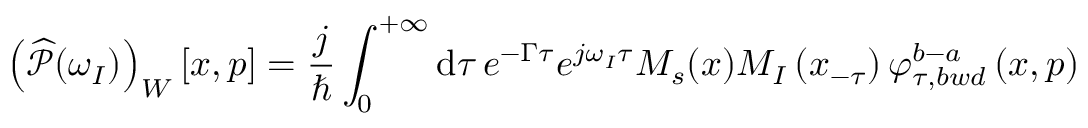
\left( \widehat { \mathcal { P } } ( \omega _ { I } ) \right) _ { W } [ x , p ] = \frac { j } { \hbar } \int _ { 0 } ^ { + \infty } \mathrm { d } \tau \, e ^ { - \Gamma \tau } e ^ { j \omega _ { I } \tau } M _ { s } ( x ) M _ { I } \left( x _ { - \tau } \right) \varphi _ { \tau , b w d } ^ { b - a } \left( x , p \right)